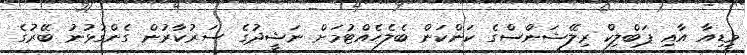
މީޑިއާ އާއި ޕަބްލިކް ރިލޭޝަންސްގެ ކަންކަން ބެލެހެއްޓުމަށް ނަޝީދުގެ ސަރުކާރުން ގެންގުޅުނު ބޭރުގެ